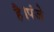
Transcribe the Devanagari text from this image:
है।पंजे